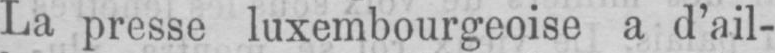
La presse luxembourgeoise a d’ail-